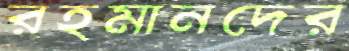
রহমানদের